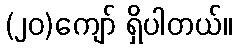
(၂၀)ကျော် ရှိပါတယ်။